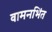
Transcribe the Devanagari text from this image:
वामनभिंत